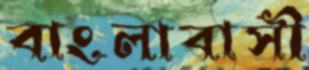
বাংলাবাসী